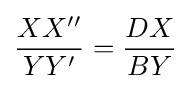
{XX'' \over YY'}={DX \over BY}